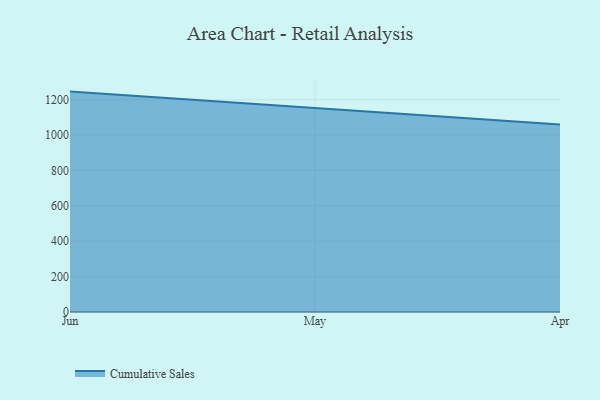
{"axis": {"x": "Month", "y": "Bounce Rate (%)"}, "legend": ["Cumulative Sales"], "data": [{"x": "Jun", "y": 1246.3, "type": "Cumulative Sales"}, {"x": "May", "y": 1154.8, "type": "Cumulative Sales"}, {"x": "Apr", "y": 1060.1, "type": "Cumulative Sales"}]}